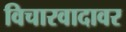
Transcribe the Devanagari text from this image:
विचारवादावर